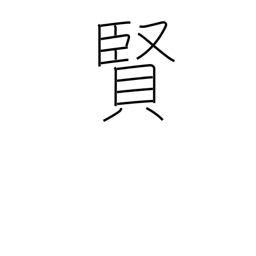
Meaning: wisdom